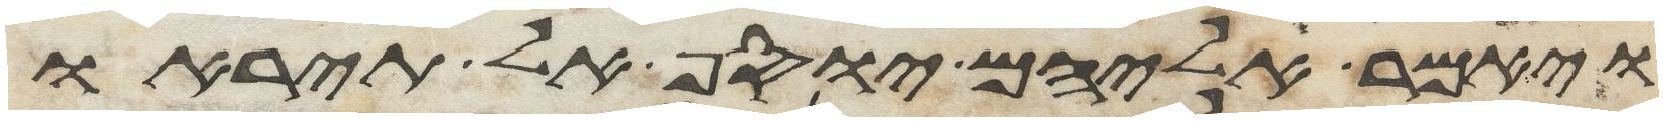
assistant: ויאמר אליהם יוסף אל תיראו